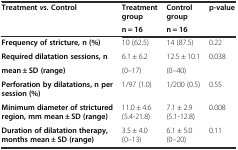
| <ROWSPAN=2> Treatmentvs.Control | Treatment group | Control group | <ROWSPAN=2> p-value |
 | n = 16 | n = 16 |
 | --- | --- | --- | --- |
 | Frequency of stricture, n (%) | 10 (62.5) | 14 (87.5) | 0.22 |
 | Required dilatation sessions, n | 6.1 ± 6.2 | 12.5 ± 10.1 | <ROWSPAN=2> 0.038 |
 | mean ± SD (range) | (0–17) | (0–40) |
 | Perforation by dilatations, n per session (%) | 1/97 (1.0) | 1/200 (0.5) | 0.55 |
 | Minimum diameter of strictured region, mm mean ± SD (range) | 11.0 ± 4.6 (5.4-21.8) | 7.1 ± 2.9 (5.1-12.8) | 0.008 |
 | Duration of dilatation therapy, months mean ± SD (range) | 3.5 ± 4.0 (0–13) | 6.1 ± 5.0 (0–20) | 0.11 |